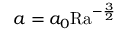
a = a _ { 0 } \mathrm { { R a } } ^ { - \frac { 3 } { 2 } }